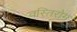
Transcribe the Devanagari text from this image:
वस्तिरोग